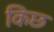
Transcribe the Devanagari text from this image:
किछ